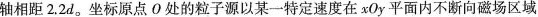
轴相距2.2d。坐标原点O处的粒子源以某-一特定速度在xOy平面内不断向磁场区域